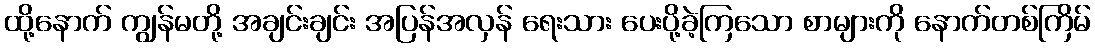
ထို့နောက် ကျွန်မတို့ အချင်းချင်း အပြန်အလှန် ရေးသား ပေးပို့ခဲ့ကြသော စာများကို နောက်တစ်ကြိမ်